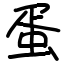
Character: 蛋